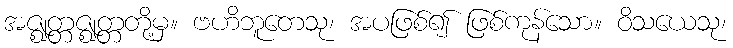
အဇ္ဈတ္တဇ္ဈတ္တတို့မှ။ ဗဟိဘူတေသု၊ အပဖြစ်၍ ဖြစ်ကုန်သော။ ဝိသယေသု၊